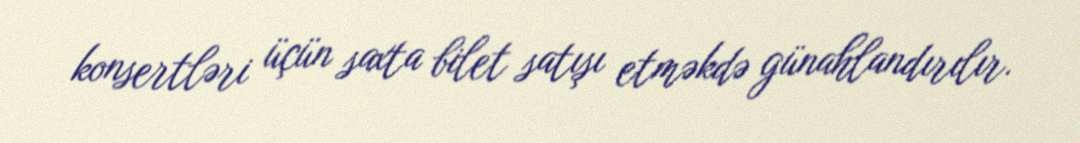
konsertləri üçün saxta bilet satışı etməkdə günahlandırılır.